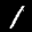
Label: 1